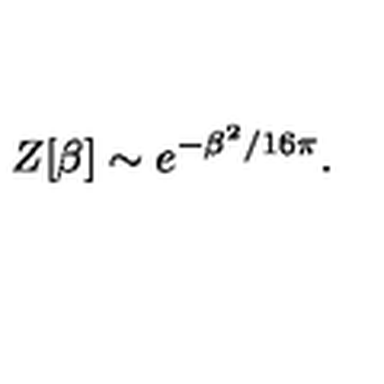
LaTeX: Z [ \beta ] \sim e ^ { - \beta ^ { 2 } / 1 6 \pi } .